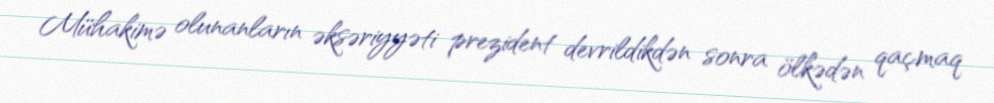
Mühakimə olunanların əksəriyyəti prezident devrildikdən sonra ölkədən qaçmaq